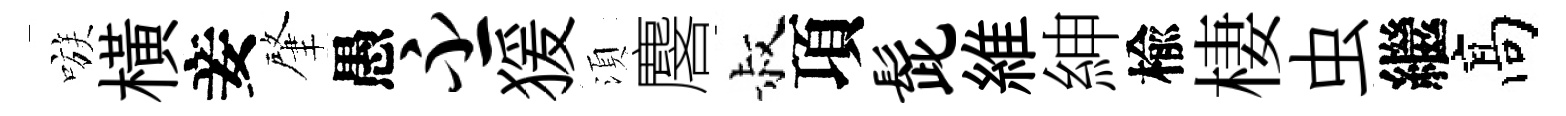
嗾橫妾肇愚丕猨湏麐叔項髭維紳楡棲虫繼髙